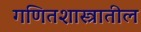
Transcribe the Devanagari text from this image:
गणितशास्त्रातील